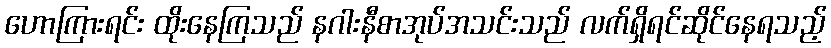
ဟောကြားရင်း ထိုးနေကြသည် နဂါးနီစာအုပ်အသင်းသည် လက်ရှိရင်ဆိုင်နေရသည့်